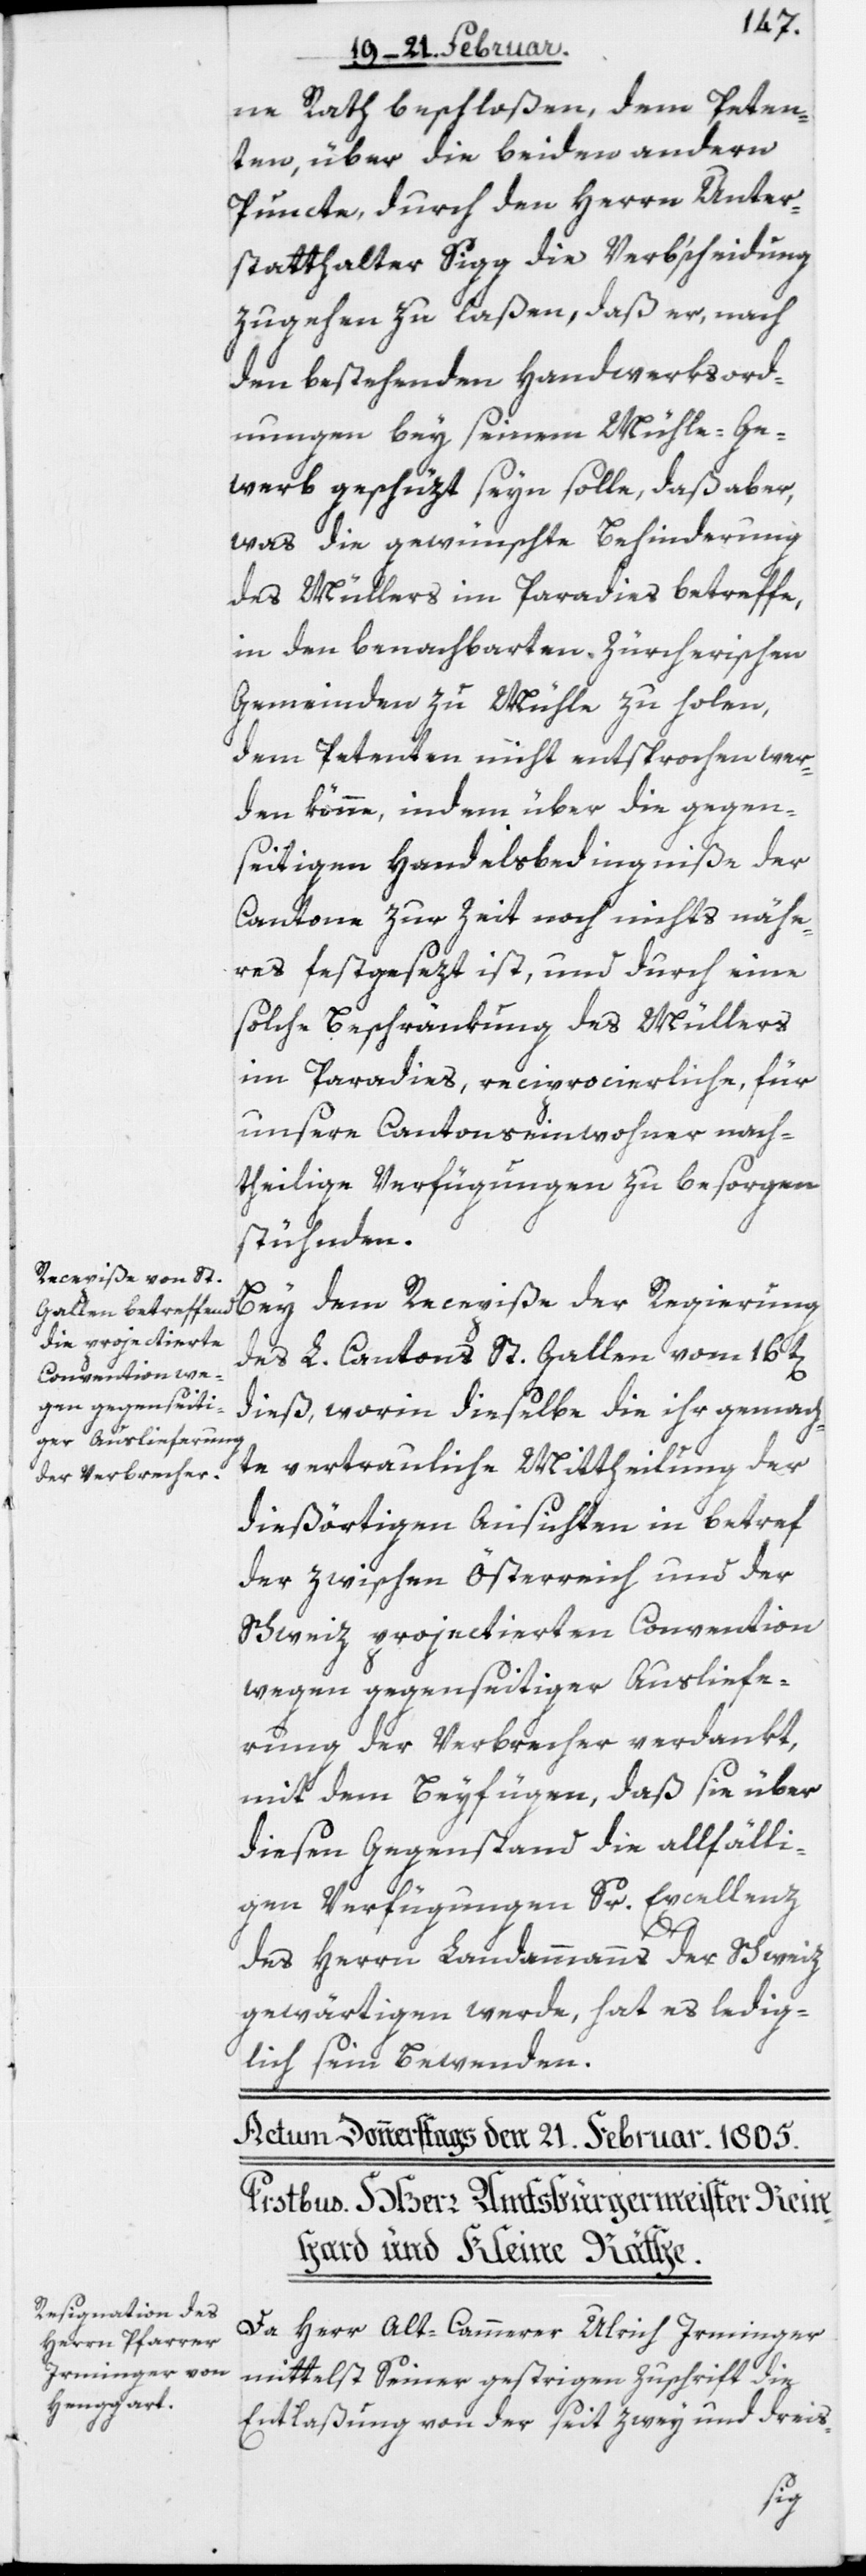
ne Rath beschloßen, dem Peten¬
ten, über die beiden andern
Puncte, durch den Herrn Unter¬
statthalter Sigg die Verb‘scheidung
zugehen zu laßen, daß er, nach
den bestehenden Handwerksord¬
nungen bey seinem Mühle-Ge¬
werb geschüzt seyn solle, daß aber,
was die gewünschte Behinderung
des Müllers im Paradies betreffe,
in den benachbarten Zürcherischen
Gemeinden zu Mühle zu holen,
dem Petenten nicht entsprochen wer¬
den könne, indem über die gegen¬
seitigen Handelsbedingniße der
Cantone zur Zeit noch nichts nähe¬
res festgesezt ist, und durch eine
solche Beschränkung des Müllers
im Paradies, reciprocierliche, für
unsere Cantonseinwohner nach¬
theilige Verfügungen zu besorgen
stühnden.
des L. Cantons St. Gallen vom 16t[en]
dieß, worin dieselbe die ihr gemach¬
te vertrauliche Mittheilung der
dießörtigen Ansichten in betref
der zwischen Österreich und der
Schweiz projectierten Convention
wegen gegenseitiger Ausliefe¬
rung der Verbrecher verdankt,
mit dem Beyfügen, daß sie über
diesen Gegenstand die allfälli¬
gen Verfügungen Sr. Excellenz
der
des Herrn Landammanns der Schweiz
gewärtigen werde, hat es ledig¬
lich sein Bewenden.
Da Herr Alt-Cammerer Ulrich Irminger
mittelst Seiner gestrigen Zuschrift die
Entlaßung von der seit zwey und dreis-
Bey